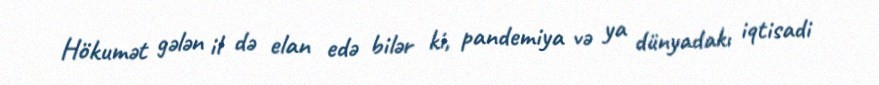
Hökumət gələn il də elan edə bilər ki, pandemiya və ya dünyadakı iqtisadi